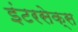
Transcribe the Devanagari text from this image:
इंटरसेक्स